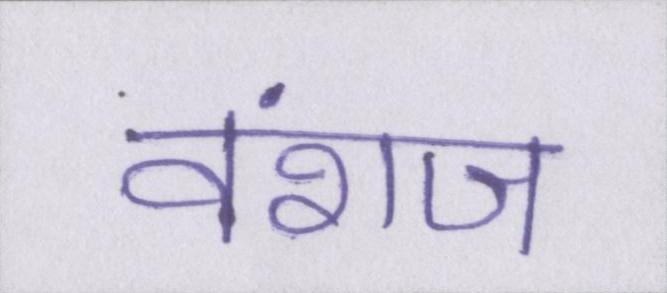
वंशज